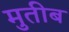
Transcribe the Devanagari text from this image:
मुतीब